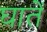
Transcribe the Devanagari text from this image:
घातें